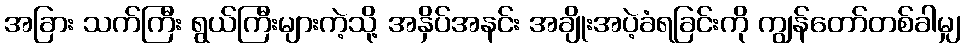
အခြား သက်ကြီး ရွယ်ကြီးများကဲ့သို့ အနှိပ်အနင်း အချိုးအပဲ့ခံရခြင်းကို ကျွန်တော်တစ်ခါမျှ